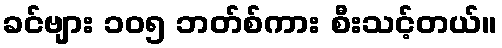
ခင်ဗျား ၁၀၅ ဘတ်စ်ကား စီးသင့်တယ်။